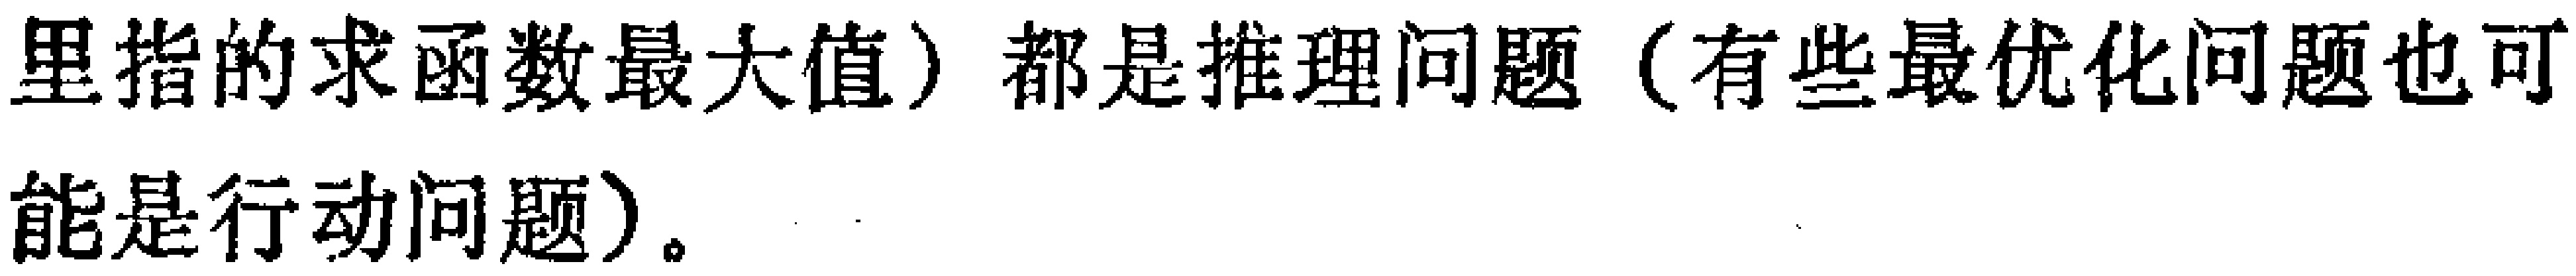
里指的求函数最大值）都是推理问题（有些最优化问题也可能是行动问题）。